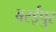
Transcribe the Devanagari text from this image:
बरईपुर